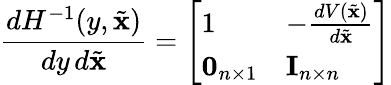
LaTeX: {\frac{dH^{-1}(y,{\tilde{\mathbf{x}}})}{dy\, d{\tilde{\mathbf{x}}}}}={\left[\begin{array}{ll}{1}&{-{\frac{dV({\tilde{\mathbf{x}}})}{d{\tilde{\mathbf{x}}}}}}\\ {\mathbf{0}_{n\times 1}}&{\mathbf{I}_{n\times n}}\end{array}\right]}